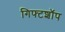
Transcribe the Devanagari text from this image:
गिफ्टशॉप